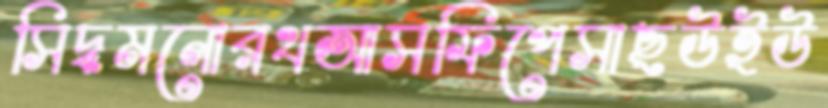
সিদ্ধমনোরথআসফিপেসাছউইউ